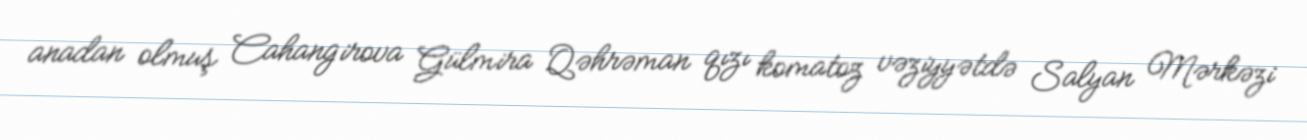
anadan olmuş Cahangirova Gülmira Qəhrəman qızı komatoz vəziyyətdə Salyan Mərkəzi